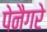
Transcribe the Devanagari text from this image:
पेनैगरे